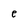
Character: e